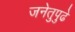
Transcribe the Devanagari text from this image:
जनेतुपुढे